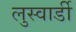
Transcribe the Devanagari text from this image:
लुस्वार्डी